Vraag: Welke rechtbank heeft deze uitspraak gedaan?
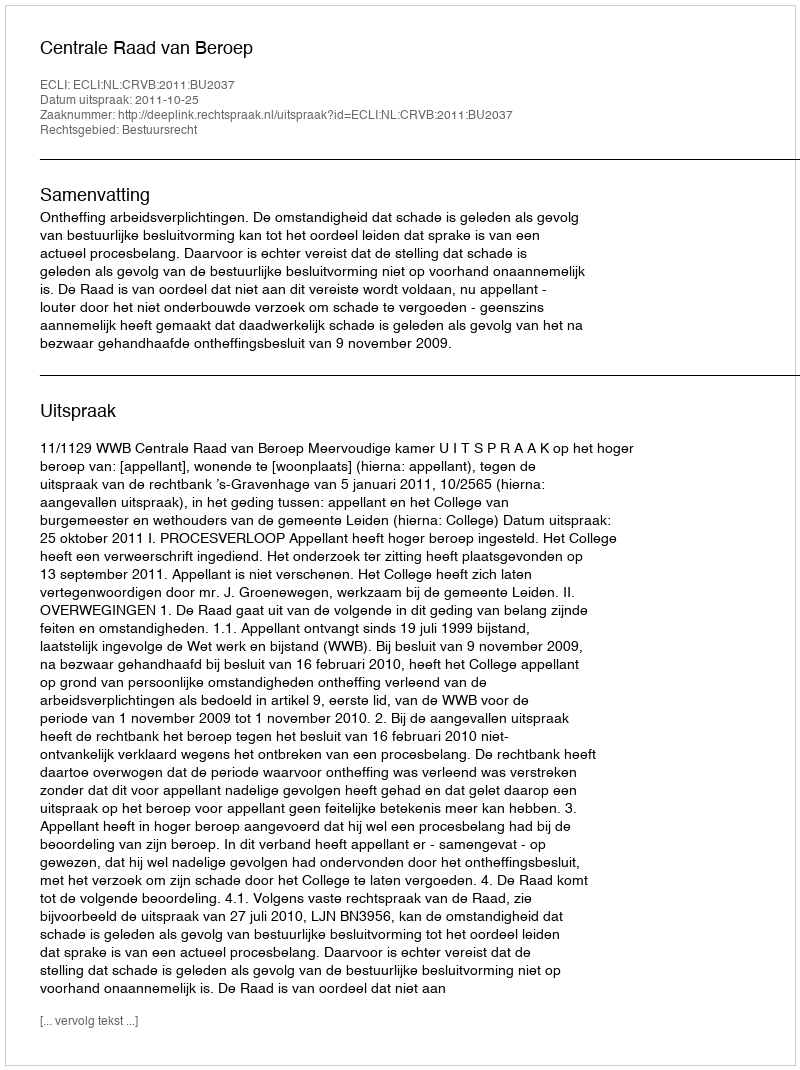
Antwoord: Centrale Raad van Beroep